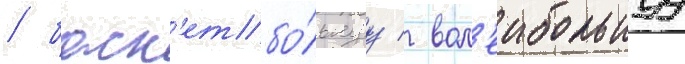
/ баск'етбо́льнуу / вол'еибольнуу